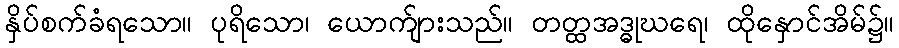
နှိပ်စက်ခံရသော။ ပုရိသော၊ ယောက်ျားသည်။ တတ္ထအဒ္ဓုဃရေ၊ ထိုနှောင်အိမ်၌။